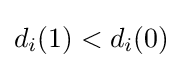
d_{i}(1)<d_{i}(0)